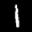
Label: 1